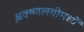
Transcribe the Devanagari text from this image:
श्लक्ष्णलयीमध्यें